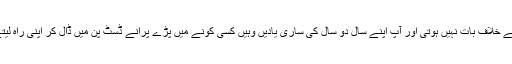
کسی کے خلاف بات نہیں ہوتی اور آپ اپنے سال دو سال کی ساری یادیں وہیں کسی کونے میں پڑے پرانے ڈسٹ پن میں ڈال کر اپنی راہ لیتے ہیں ۔